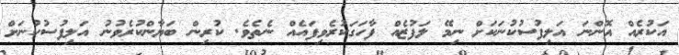
އަކުރެއް އޮންނަ އަލިފުސުކުނަކަށް ނިމޭ ލަފުޒެއް ފާހަގަކުރެވިފައެއް ނެތެވެ. ކުރިން ބަޔާންކުރެވުނު އަލިފުސުކުނަށް